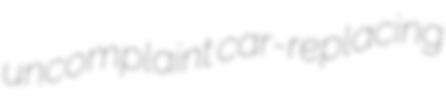
uncomplaint car-replacing